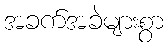
အခက်အခဲများစွာ